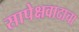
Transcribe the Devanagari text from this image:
सापेक्षवादाचा